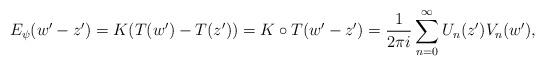
LaTeX: \begin{align*}E_{\psi}( w' - z' ) = K (T(w')-T(z')) = K\circ T (w'- z') = \frac{1}{2\pi i } \sum_{n=0}^{\infty}U_n(z')V_n(w'), \end{align*}